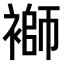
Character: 𧜂